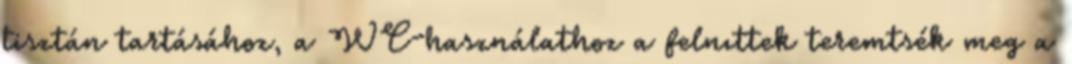
tisztán tartásához, a WC-használathoz a felnıttek teremtsék meg a